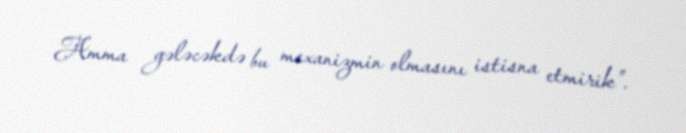
Amma gələcəkdə bu mexanizmin olmasını istisna etmirik”.